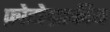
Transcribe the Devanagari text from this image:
फ़ोटोग्राफीय